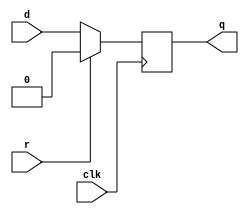
////////////////////////////////////////////////////////////////////////////////
// Company: zju

////////////////////////////////////////////////////////////////////////////////

module D_FFR(clk,r,d,q);
	parameter width = 1;
	input clk,r;
	input [width-1:0] d;
	output reg [width-1:0] q = 0;
	always @(posedge clk) begin
		if(r) q<={width{1'b0}};
		else q <= d;
	end
endmodule